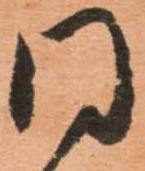
同